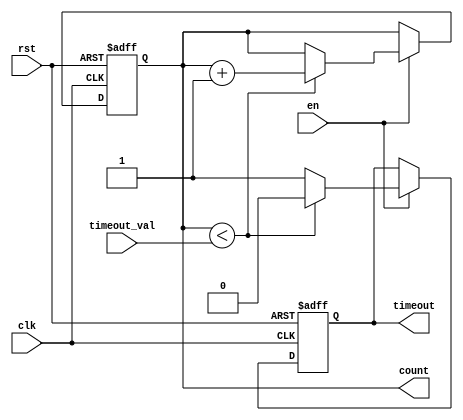
module timeout_counter (
    input wire clk,               // Clock signal
    input wire rst,               // Asynchronous reset signal
    input wire en,                // Enable signal
    input wire [15:0] timeout_val, // Configurable time-out value
    output reg [15:0] count,      // Current count value
    output reg timeout            // Time-out signal
);

    // State for the counter
    always @(posedge clk or posedge rst) begin
        if (rst) begin
            count <= 16'b0;       // Reset the count to 0
            timeout <= 1'b0;      // Deactivate timeout signal
        end else if (en) begin
            if (count < timeout_val) begin
                count <= count + 1; // Increment the counter
                timeout <= 1'b0;     // Keep timeout inactive
            end else begin
                timeout <= 1'b1;     // Activate timeout signal
            end
        end
    end

endmodule